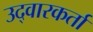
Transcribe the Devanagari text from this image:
उद्वारकर्ता